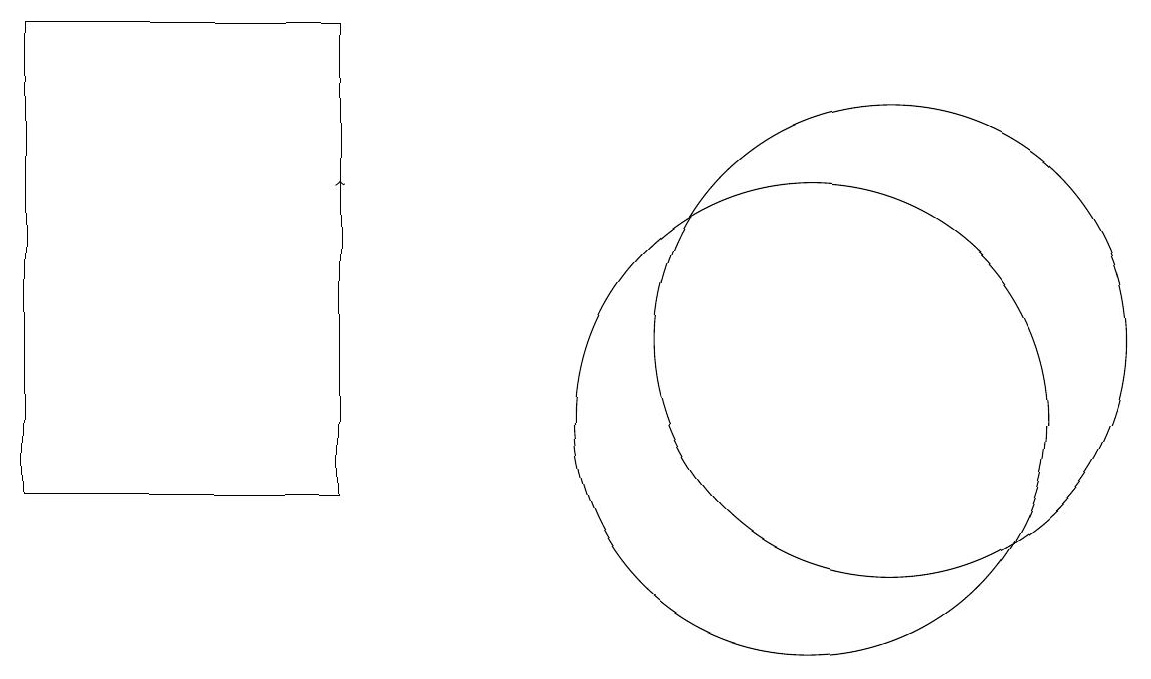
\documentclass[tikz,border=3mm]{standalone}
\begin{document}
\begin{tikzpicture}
\draw (11,12) circle (3);
\draw[->] (4,10) -- (4,14);
\draw (10,11) circle (3);
\draw (4,10) rectangle (0,16);
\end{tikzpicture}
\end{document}